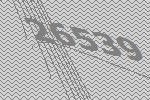
26539